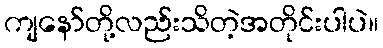
ကျနော်တို့လည်းသိတဲ့အတိုင်းပါပဲ။